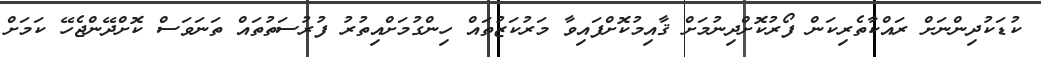
ކުޑަކުދިންނަށް ރައްކާތެރިކަން ފޯރުކޮށްދިނުމަށް ޤާއިމުކޮށްފައިވާ މަރުކަޒުތައް ހިންގުމަށްއިތުރު ފުރުސަތުތައް ތަނަވަސް ކޮށްދޭންޖެހޭ ކަމަށް